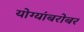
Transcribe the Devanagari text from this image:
योग्यांबरोबर